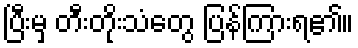
ပြီးမှ တီးတိုးသံတွေ ပြန်ကြားရ၏။